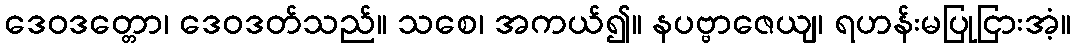
ဒေဝဒတ္တော၊ ဒေဝဒတ်သည်။ သစေ၊ အကယ်၍။ နပဗ္ဗာဇေယျ၊ ရဟန်းမပြုငြားအံ့။